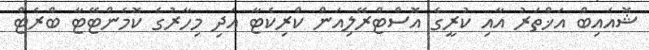
ޝޮއައިބް އަޚްތަރު އާއި ކުރީގެ އޮސްޓްރޭލިއަން ކްރިކެޓާ އަދި މިހާރުގެ ކޮމެންޓޭޓާ ބްރެޓް